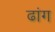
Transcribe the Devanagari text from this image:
ढांग